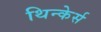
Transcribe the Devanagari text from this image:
थिन्केर्स